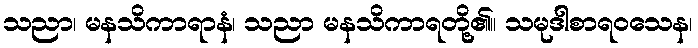
သညာ၊ မနသိကာရာနံ၊ သညာ မနသိကာရတို့၏။ သမုဒါစာရဝသေန၊